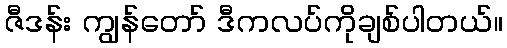
ဇီဒန်း ကျွန်တော် ဒီကလပ်ကိုချစ်ပါတယ်။